Report on sanitation, dispensaries, and jails in Rajputana for 1913, and on vaccination for the year 1913-1914 - 1913-1914
Year: 1913
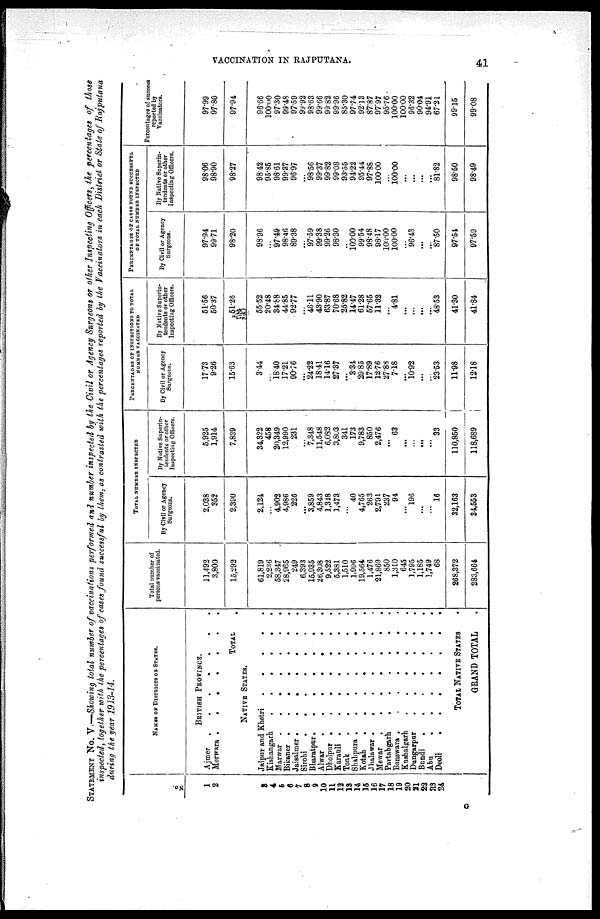
VACCINATION IN RAJPUTANA.
41
STATEMENT NO. V.—Showing total number of vaccinations performed and number inspected by the Civil or Agency Surgeons or other Inspecting Officers, the percentages
of those
inspected, together with the percentages of cases found successful by them, as contrasted with the percentages reported by the Vaccinators in each District or State of Rajputana
during the year 1913-14.
No.
1
2
3
4
5
6
7
8
9
10
11
12
13
14
15
16
17
18
19
20
21
22
23
24
NAMES OF DISTRICTS OF STATES.
BRITISH PROVINCE.
Ajmer
.
.
.
.
.
.
.
Merwar . . . . . . .
TOTAL
.
NATIVE STATES.
Jaipur and Khetri
.
.
.
.
.
Kishangarh
.
.
.
.
.
.
Marwar .
.
.
.
.
.
.
Bikaner
.
.
.
.
.
.
.
Jaisalmer .
.
.
.
.
.
.
Sirohi
.
.
.
.
.
.
.
Bharatpur
.
.
.
.
.
.
.
Alwar
.
.
.
.
.
.
.
Dholpur
.
.
.
.
.
.
.
Karauli
.
.
.
.
.
.
.
Tonk
.
.
.
.
.
.
.
Shahpura .
.
.
.
.
.
.
Kotah
.
.
.
.
.
.
Jhalawar
.
.
.
.
.
.
.
Mewar
.
.
.
.
.
.
.
Partabgarh
.
.
.
.
.
.
Banswara .
.
.
.
.
.
.
Kushalgarh
.
.
.
.
.
.
Dungarpur
.
.
.
.
.
.
Bundi
.
.
.
.
.
.
.
Abu
.
.
.
.
.
.
.
Deoli
.
.
.
.
.
.
.
TOTAL NATIVE STATES .
GRAND TOTAL .
Total number of
persons vaccinated.
11,492
3,800
15,292
61,819
2,236
58,347
28,965
249
6,393
15,935
26,308
9,522
5,381
1,510
1,996
19,564
1,476
21,869
850
1,310
645
1,795
1,185
1,749
68
268,372
283,664
TOTAL NUMBER INSPECTED
By Civil or Agency
Surgeons.
2,038
852
2,390
2,124
...
4,902
4,986
226
...
3,859
4,843
1,348
1,473
...
40
4,765
263
2,791
237
94
...
196
...
...
16
32,163
34,553
By Native Superin-
tendents or other
Inspecting Officers.
5,925
1,914
7,839
34,322
458
20,349
12,990
231
...
7,348
11,548
6,082
3,803
341
173
9,783
850
2,476
...
63
...
...
...
...
33
110,850
118,689
PERCENTAGES OF INSPECTIONS TO TOTAL
NUMBER VACCINATED
By Civil or Agency
Surgeons.
17.73
9.26
15.63
3.44
...
18.40
17.21
90.76
...
24.22
18.41
14.16
27.37
...
3.34
29.85
17.89
12.76
27.88
7.18
...
10.92
...
...
23.53
11.98
12.18
By Native Superin¬
tendents or other
Inspecting Officers.
51.56
50.37
51.26
55.52
20.48
34.88
44.85
92.77
...
46.11
43.90
63.87
70.68
25.82
14.47
61.28
57.65
11.32
...
4.81
...
...
...
...
48.53
41.30
41.84
PERCENTAGES OF CASES FOUND SUCCESSFUL
OF TOTAL NUMBER INSPECTED
By Civil or Agency
Surgeons.
97.94
99.71
98.20
98.96
...
97.49
98.46
89.38
...
97.59
99.38
99.26
98.30
...
100.00
99.54
98.48
98.17
100.00
100.00
...
96.43
...
...
87.50
97.54
97.59
By Native Superin-
tendents or other
Inspecting Officers.
98.06
98.90
98.27
98.42
95.86
98.61
99.87
96.97
...
98.56
99.37
99.82
99.08
93.56
94.22
95.44
97.88
100.00
...
100.00
...
...
...
...
81.82
98.50
98.49
Percentages of success
reported by
Vaccinators.
97.99
97.80
97.94
96.66
100.00
97.30
99.48
97.59
99.92
98.63
99.66
99.82
99.96
85.30
97.74
92.13
87.87
97.97
95.76
100.00
100.00
96.32
90.04
94.91
67.21
99.15
99.08
G